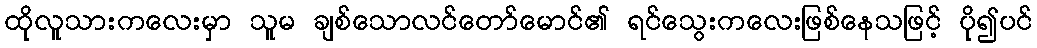
ထိုလူသားကလေးမှာ သူမ ချစ်သောလင်တော်မောင်၏ ရင်သွေးကလေးဖြစ်နေသဖြင့် ပို၍ပင်